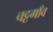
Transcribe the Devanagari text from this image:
चट्टगाँव